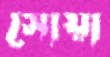
সোয়া